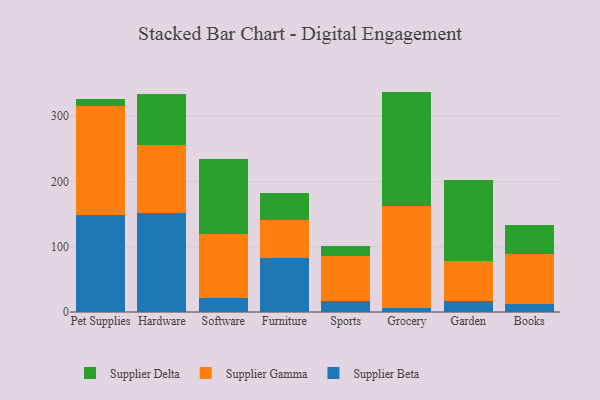
{"axis": {"x": "Category", "y": "Churn Rate (%)"}, "legend": ["Supplier Beta", "Supplier Delta", "Supplier Gamma"], "data": [{"x": "Pet Supplies", "y": 148.7, "type": "Supplier Beta"}, {"x": "Pet Supplies", "y": 167.0, "type": "Supplier Gamma"}, {"x": "Pet Supplies", "y": 11.0, "type": "Supplier Delta"}, {"x": "Hardware", "y": 151.4, "type": "Supplier Beta"}, {"x": "Hardware", "y": 104.1, "type": "Supplier Gamma"}, {"x": "Hardware", "y": 78.6, "type": "Supplier Delta"}, {"x": "Software", "y": 20.9, "type": "Supplier Beta"}, {"x": "Software", "y": 98.9, "type": "Supplier Gamma"}, {"x": "Software", "y": 114.5, "type": "Supplier Delta"}, {"x": "Furniture", "y": 82.8, "type": "Supplier Beta"}, {"x": "Furniture", "y": 58.3, "type": "Supplier Gamma"}, {"x": "Furniture", "y": 41.7, "type": "Supplier Delta"}, {"x": "Sports", "y": 16.6, "type": "Supplier Beta"}, {"x": "Sports", "y": 69.6, "type": "Supplier Gamma"}, {"x": "Sports", "y": 14.7, "type": "Supplier Delta"}, {"x": "Grocery", "y": 6.8, "type": "Supplier Beta"}, {"x": "Grocery", "y": 154.8, "type": "Supplier Gamma"}, {"x": "Grocery", "y": 175.9, "type": "Supplier Delta"}, {"x": "Garden", "y": 17.1, "type": "Supplier Beta"}, {"x": "Garden", "y": 61.2, "type": "Supplier Gamma"}, {"x": "Garden", "y": 124.0, "type": "Supplier Delta"}, {"x": "Books", "y": 12.6, "type": "Supplier Beta"}, {"x": "Books", "y": 76.2, "type": "Supplier Gamma"}, {"x": "Books", "y": 44.9, "type": "Supplier Delta"}]}